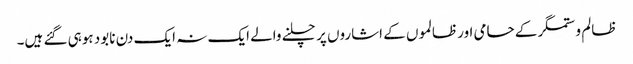
ظالم و ستمگر کے حامی اور ظالموں کے اشاروں پر چلنے والے ایک نہ ایک دن نابود ہوہی گئے ہیں۔